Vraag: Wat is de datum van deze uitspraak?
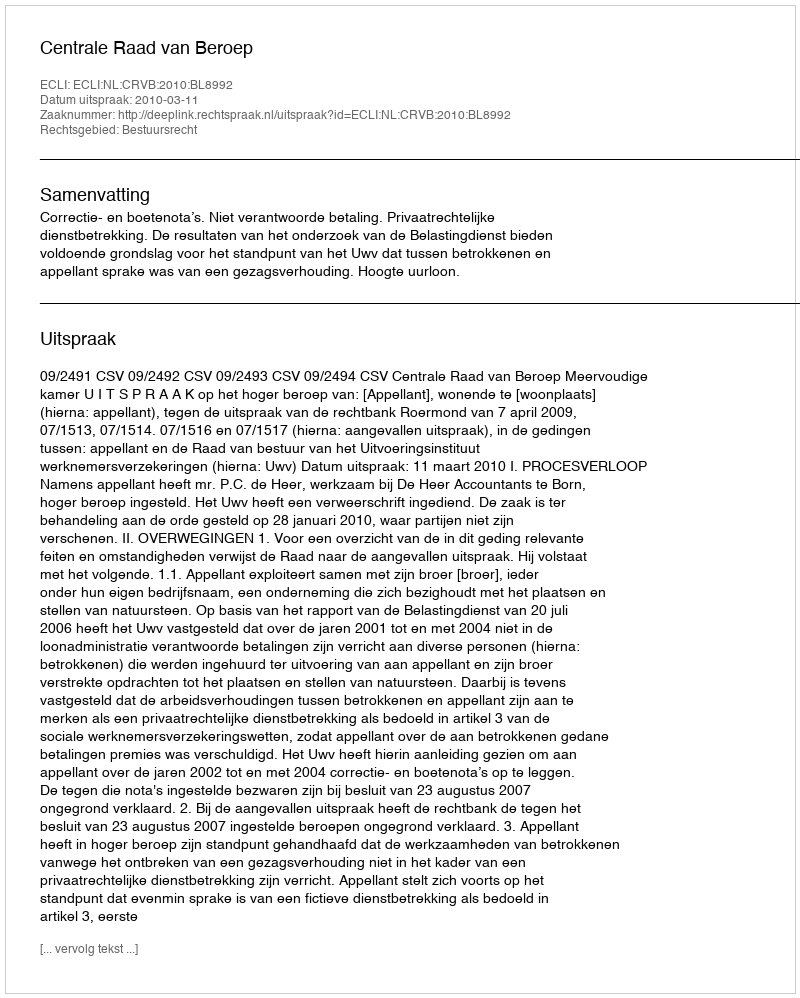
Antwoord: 2010-03-11